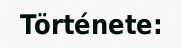
Története: